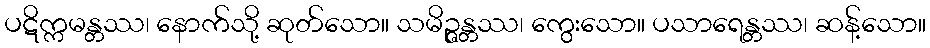
ပဋိက္ကမန္တဿ၊ နောက်သို့ ဆုတ်သော။ သမိဉ္ဇန္တဿ၊ ကွေးသော။ ပသာရေန္တဿ၊ ဆန့်သော။